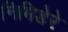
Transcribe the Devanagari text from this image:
निमिडेरे